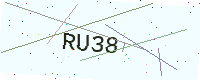
Text: RU38